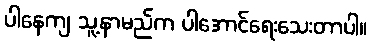
ပါနေကျ သူ့နာမည်က ပါအောင်ရေးသေးတာပါ။